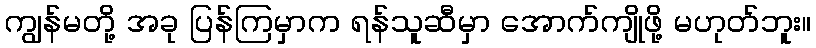
ကျွန်မတို့ အခု ပြန်ကြမှာက ရန်သူဆီမှာ အောက်ကျိုဖို့ မဟုတ်ဘူး။